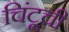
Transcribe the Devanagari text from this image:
चिंटूची